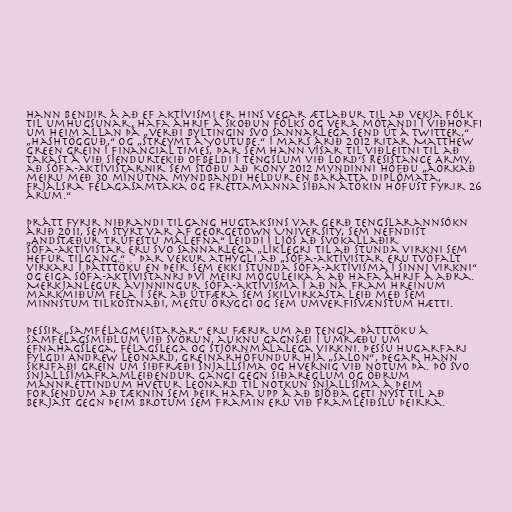
Hann bendir á að ef aktívismi er hins vegar ætlaður til að vekja fólk
til umhugsunar, hafa áhrif á skoðun fólks og vera mótandi í viðhorfi
um heim allan þá „verði byltingin svo sannarlega send út á Twitter,“
„Hashtögguð,“ og „streymt á Youtube.“ Í mars árið 2012 ritar Matthew
Green grein í Financial Times, þar sem hann vísar til viðleitni til að
takast á við síendurtekið ofbeldi í tengslum við Lord‘s Resistance Army,
að sófa-aktívistarnir sem stóðu að Kony 2012 myndinni höfðu „áorkað
meiru með 30 mínútna myndbandi heldur en barátta diplómata,
frjálsra félagasamtaka og fréttamanna síðan átökin hófust fyrir 26
árum.“

Þrátt fyrir niðrandi tilgang hugtaksins var gerð tengslarannsókn
árið 2011, sem stýrt var af Georgetown University, sem nefndist
„Andstæður trúfestu málefna“ leiddi í ljós að svokallaðir
sófa-aktívistar eru svo sannarlega „líklegri til að stunda virkni sem
hefur tilgang.“ ." Þar vekur athygli að „sófa-aktívistar eru tvöfalt
virkari í þátttöku en þeir sem ekki stunda sófa-aktívisma í sinni virkni“
og eiga sófa-aktívistanri því meiri möguleika á að hafa áhrif á aðra.
Merkjanlegur ávinningur sófa-aktívisma í að ná fram hreinum
markmiðum fela í sér að útfæra sem skilvirkasta leið með sem
minnstum tilkostnaði, mestu öryggi og sem umverfisvænstum hætti.

Þessir „samfélagmeistarar“ eru færir um að tengja þátttöku á
samfélagsmiðlum við svörun, auknu gagnsæi í umræðu um
efnahagslega, félagslega og stjórnmálalega virkni. Þessu hugarfari
fylgdi Andrew Leonard, greinarhöfundur hjá „Salon“, þegar hann
skrifaði grein um siðfræði snjallsíma og hvernig við notum þá. Þó svo
snjallsímaframleiðendur gangi gegn siðareglum og öðrum
mannréttindum hvetur Leonard til notkun snjallsíma á þeim
forsendum að tæknin sem þeir hafa upp á að bjóða geti nýst til að
berjast gegn þeim brotum sem framin eru við framleiðslu þeirra.